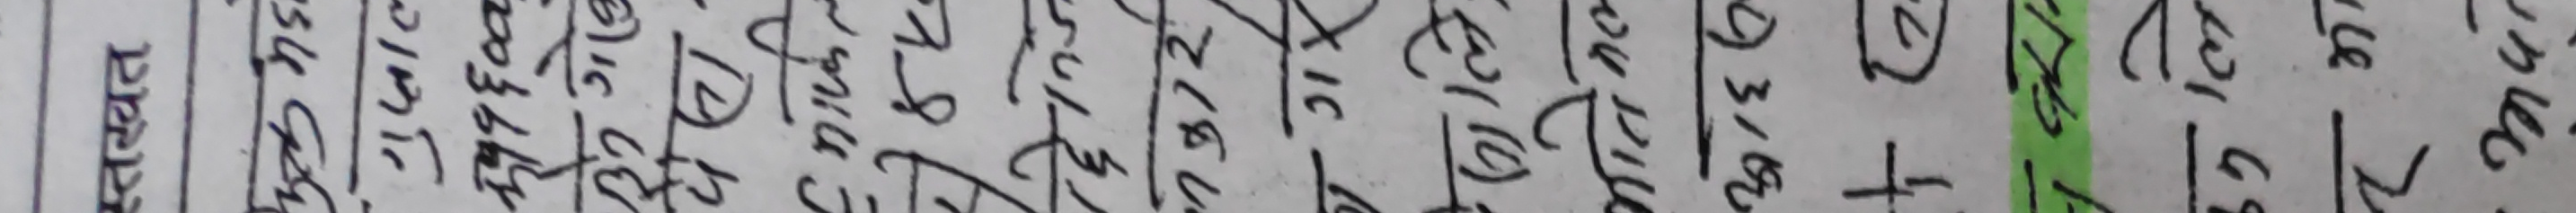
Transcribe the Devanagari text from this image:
जनावर मोल कैपमा दिउ
२०० ४० किलो १५०००
३०० ४० किलो १७०००
१०० २०० किलो १५०००
२४ ३० किलो ३२००
१७ ४० किलो २८००
३६ २५ किलो ३५००
४५ २२ किलो ३०००
८ २५ किलो २५००
१२ २५ किलो २८००
३१६ २५ किलो ३५००
११ २५ किलो २५००
६०० ६० किलो ३८००
१३ ५ किलो १३००
१९ १५ किलो १६००
११६ ४० किलो ३५००
४३ ६५ किलो ४०००
३७ ८० किलो ४५००
३२ ७० किलो ४०००
१० ९५ किलो ६०००
२९ ६२ किलो ५०००
१३ ६५ किलो ५२००
१८ ६० किलो ४८००
१२ ६५ किलो ५२००
१९ ६० किलो ५०००
२३ ५० किलो ४५००
१६ ४० किलो ४०००
१३ ४० किलो ४०००
१३ ४० किलो ४०००
१३ २५ किलो २२००